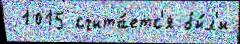
 1015 счита́етс'я бы́л'и